Sanitation, dispensaries and jails vaccination Rajputana 1922-1927 - 1922-1927
Year: 1922
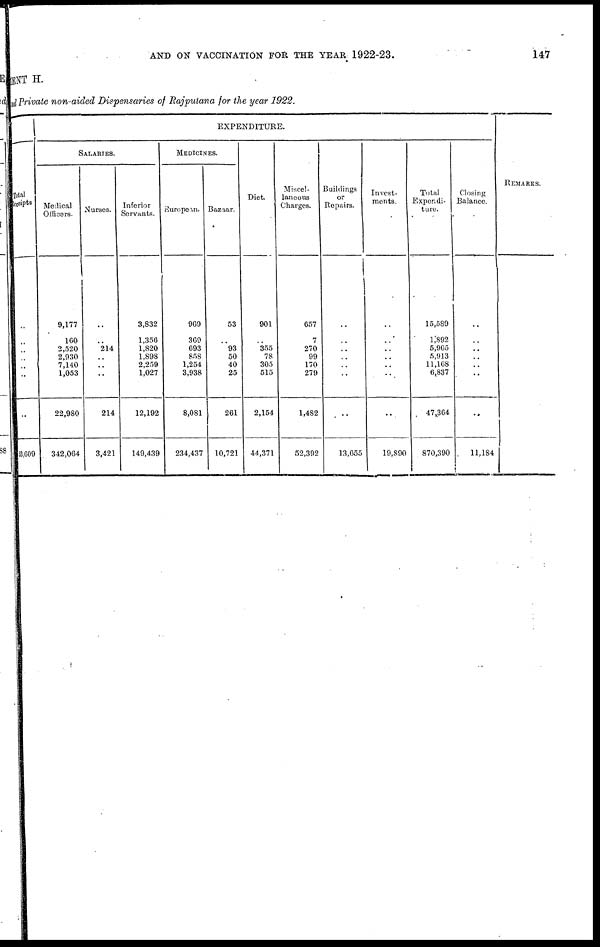
AND ON VACCINATION FOR THE YEAR 1922-23.
147
MENT H.
and Private non-aided Dispensaries of Rajputana for the year 1922.
Total
Receipts
..
..
..
..
..
..
..
53,609
EXPENDITURE.
SALARIES.
Medical
Officers.
9,177
160
2,520
2,930
7,140
1,053
22,980
342,064
Nurses.
..
..
214
..
..
..
214
3,421
Inferior
Servants.
3,832
1,356
1,820
1,898
2,259
1,027
12,192
149,439
MEDICINES.
European.
969
369
693
858
1,254
3,938
8,081
234,437
Bazaar.
53
..
93
50
40
25
261
10,721
Diet.
901
..
355
78
305
515
2,154
44,371
Miscel¬
laneous
Charges.
657
7
270
99
170
279
1,482
52,392
Buildings
or
Repairs.
..
..
..
..
..
..
..
13,655
Invest-
ments.
..
..
..
..
..
..
..
19,890
Total
Expendi-
ture.
15,589
1,892
5,965
5,913
11,168
6,837
47,364
870,390
Closing
Balance.
..
..
..
..
..
..
..
11,184
REMARKS.